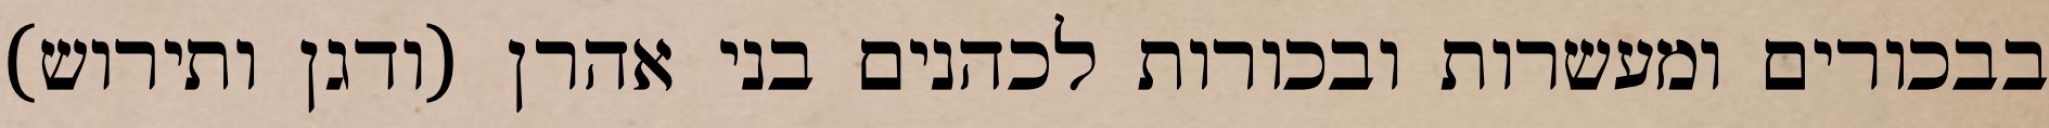
בבכורים ומעשרות ובכורות לכהנים בני אהרן (ודגן ותירוש)